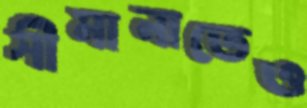
সীমানাতেও